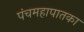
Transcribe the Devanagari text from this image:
पंचमहापातका